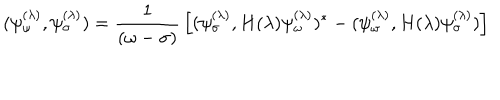
( \psi _ { \omega } ^ { ( \lambda ) } , \psi _ { \sigma } ^ { ( \lambda ) } ) = { \frac { 1 } { ( \omega - \sigma ) } } \left[ ( \psi _ { \sigma } ^ { ( \lambda ) } , H ( \lambda ) \psi _ { \omega } ^ { ( \lambda ) } ) ^ { * } - ( \psi _ { \omega } ^ { ( \lambda ) } , H ( \lambda ) \psi _ { \sigma } ^ { ( \lambda ) } ) \right] ~ ~ ~